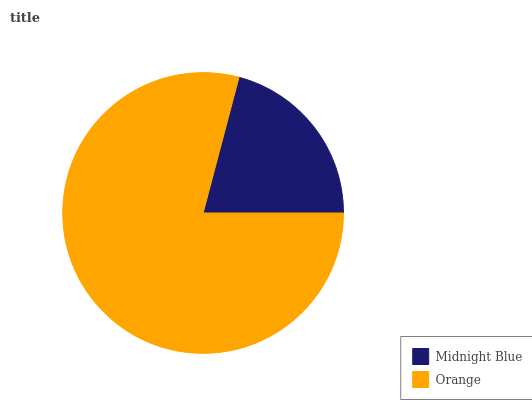
| Midnight Blue | Orange |
 | --- | --- |
 | 20.9% | 79.1% |